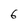
Character: 6